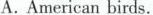
A. American birds.